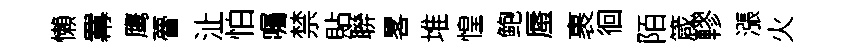
懶羃鹰瞢沚怕囑禁貼聨畧堆惶鲍蜃裹徊陌箴轇漲火